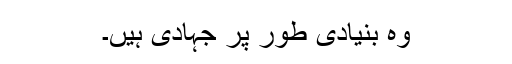
وہ بنیادی طور پر جہادی ہیں۔